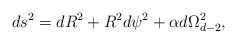
\begin{align*}ds^2 = dR^2 + R^2 d\psi^2 + \alpha d\Omega_{d-2}^2,\end{align*}